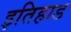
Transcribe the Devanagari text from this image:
इतिहाड